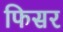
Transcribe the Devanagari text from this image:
फिसर